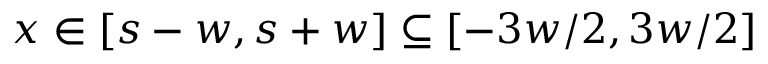
x \in [ s - w , s + w ] \subseteq [ - 3 w / 2 , 3 w / 2 ]